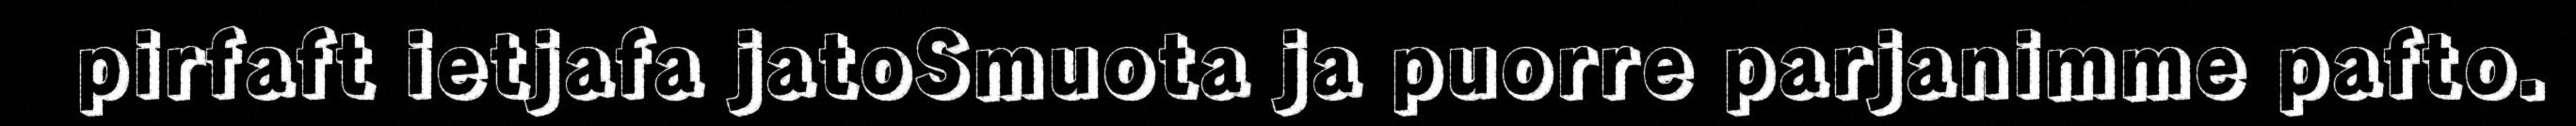
pirfaft ietjafa jatoSmuota ja puorre parjanimme pafto.